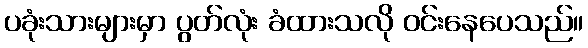
ပခုံးသားများမှာ ပွတ်လုံး ခံထားသလို ဝင်းနေပေသည်။